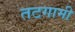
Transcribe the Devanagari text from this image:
तटगामी